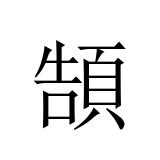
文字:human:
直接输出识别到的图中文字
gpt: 頶